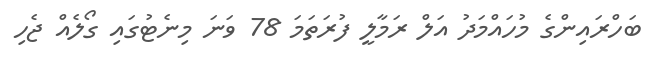
ބަހްރައިންގެ މުހައްމަދު އަލް ރަމާލީ ފުރަތަމަ 78 ވަނަ މިނެޓުގައި ގޯލެއް ޖެހި